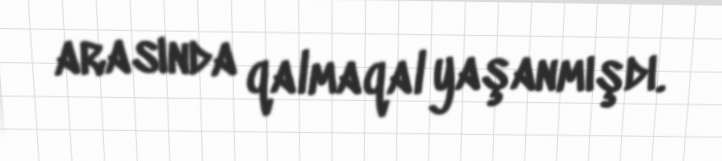
arasında qalmaqal yaşanmışdı.